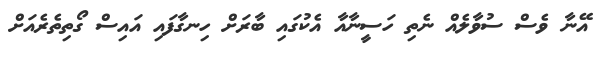
އޭނާ ވެސް ސުވާލެއް ނެތި ހަސީނާއާ އެކުގައި ބާރަށް ހިނގާފައި އައިސް ގޯތިތެރެއަށް